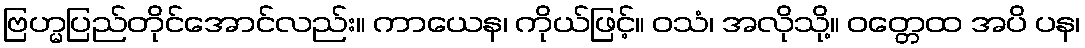
ဗြဟ္မပြည်တိုင်အောင်လည်း။ ကာယေန၊ ကိုယ်ဖြင့်။ ဝသံ၊ အလိုသို့။ ဝတ္တေထ အပိ ပန၊